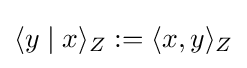
\langle y\mid x\rangle _{Z}:=\langle x,y\rangle _{Z}